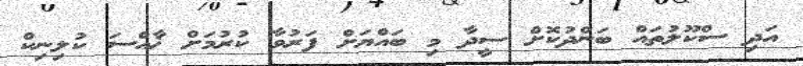
އަދި ސްކޫލުތައް ބަންދުކޮށް ސީދާ މި ބައްޔަށް ފަރުވާ ކުރުމަށް ޚާއްސަ ކުލިނިކް